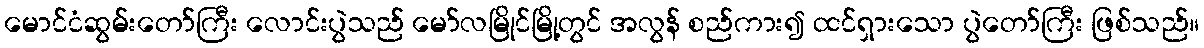
မောင်ငံဆွမ်းတော်ကြီး လောင်းပွဲသည် မော်လမြိုင်မြို့တွင် အလွန် စည်ကား၍ ထင်ရှားသော ပွဲတော်ကြီး ဖြစ်သည်။